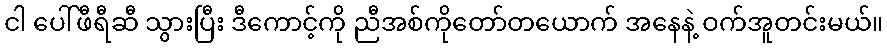
ငါ ပေါ်ဖီရီဆီ သွားပြီး ဒီကောင့်ကို ညီအစ်ကိုတော်တယောက် အနေနဲ့ ဝက်အူတင်းမယ်။